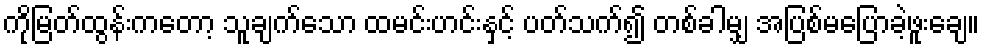
ကိုမြတ်ထွန်းကတော့ သူချက်သော ထမင်းဟင်းနှင့် ပတ်သက်၍ တစ်ခါမျှ အပြစ်မပြောခဲ့ဖူးချေ။